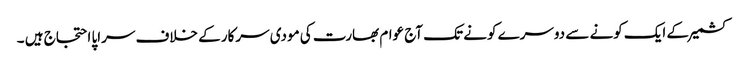
کشمیر کے ایک کونے سے دوسرے کونے تک آج عوام بھارت کی مودی سرکار کے خلاف سراپا احتجاج ہیں ۔